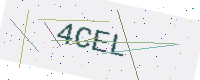
Text: 4CEL